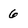
Character: 6